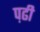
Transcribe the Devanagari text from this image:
प़ढी